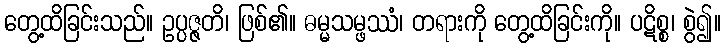
တွေ့ထိခြင်းသည်။ ဥပ္ပဇ္ဇတိ၊ ဖြစ်၏။ ဓမ္မသမ္ဖဿံ၊ တရားကို တွေ့ထိခြင်းကို။ ပဋိစ္စ၊ စွဲ၍။